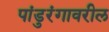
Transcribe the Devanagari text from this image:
पांडुरंगावरील